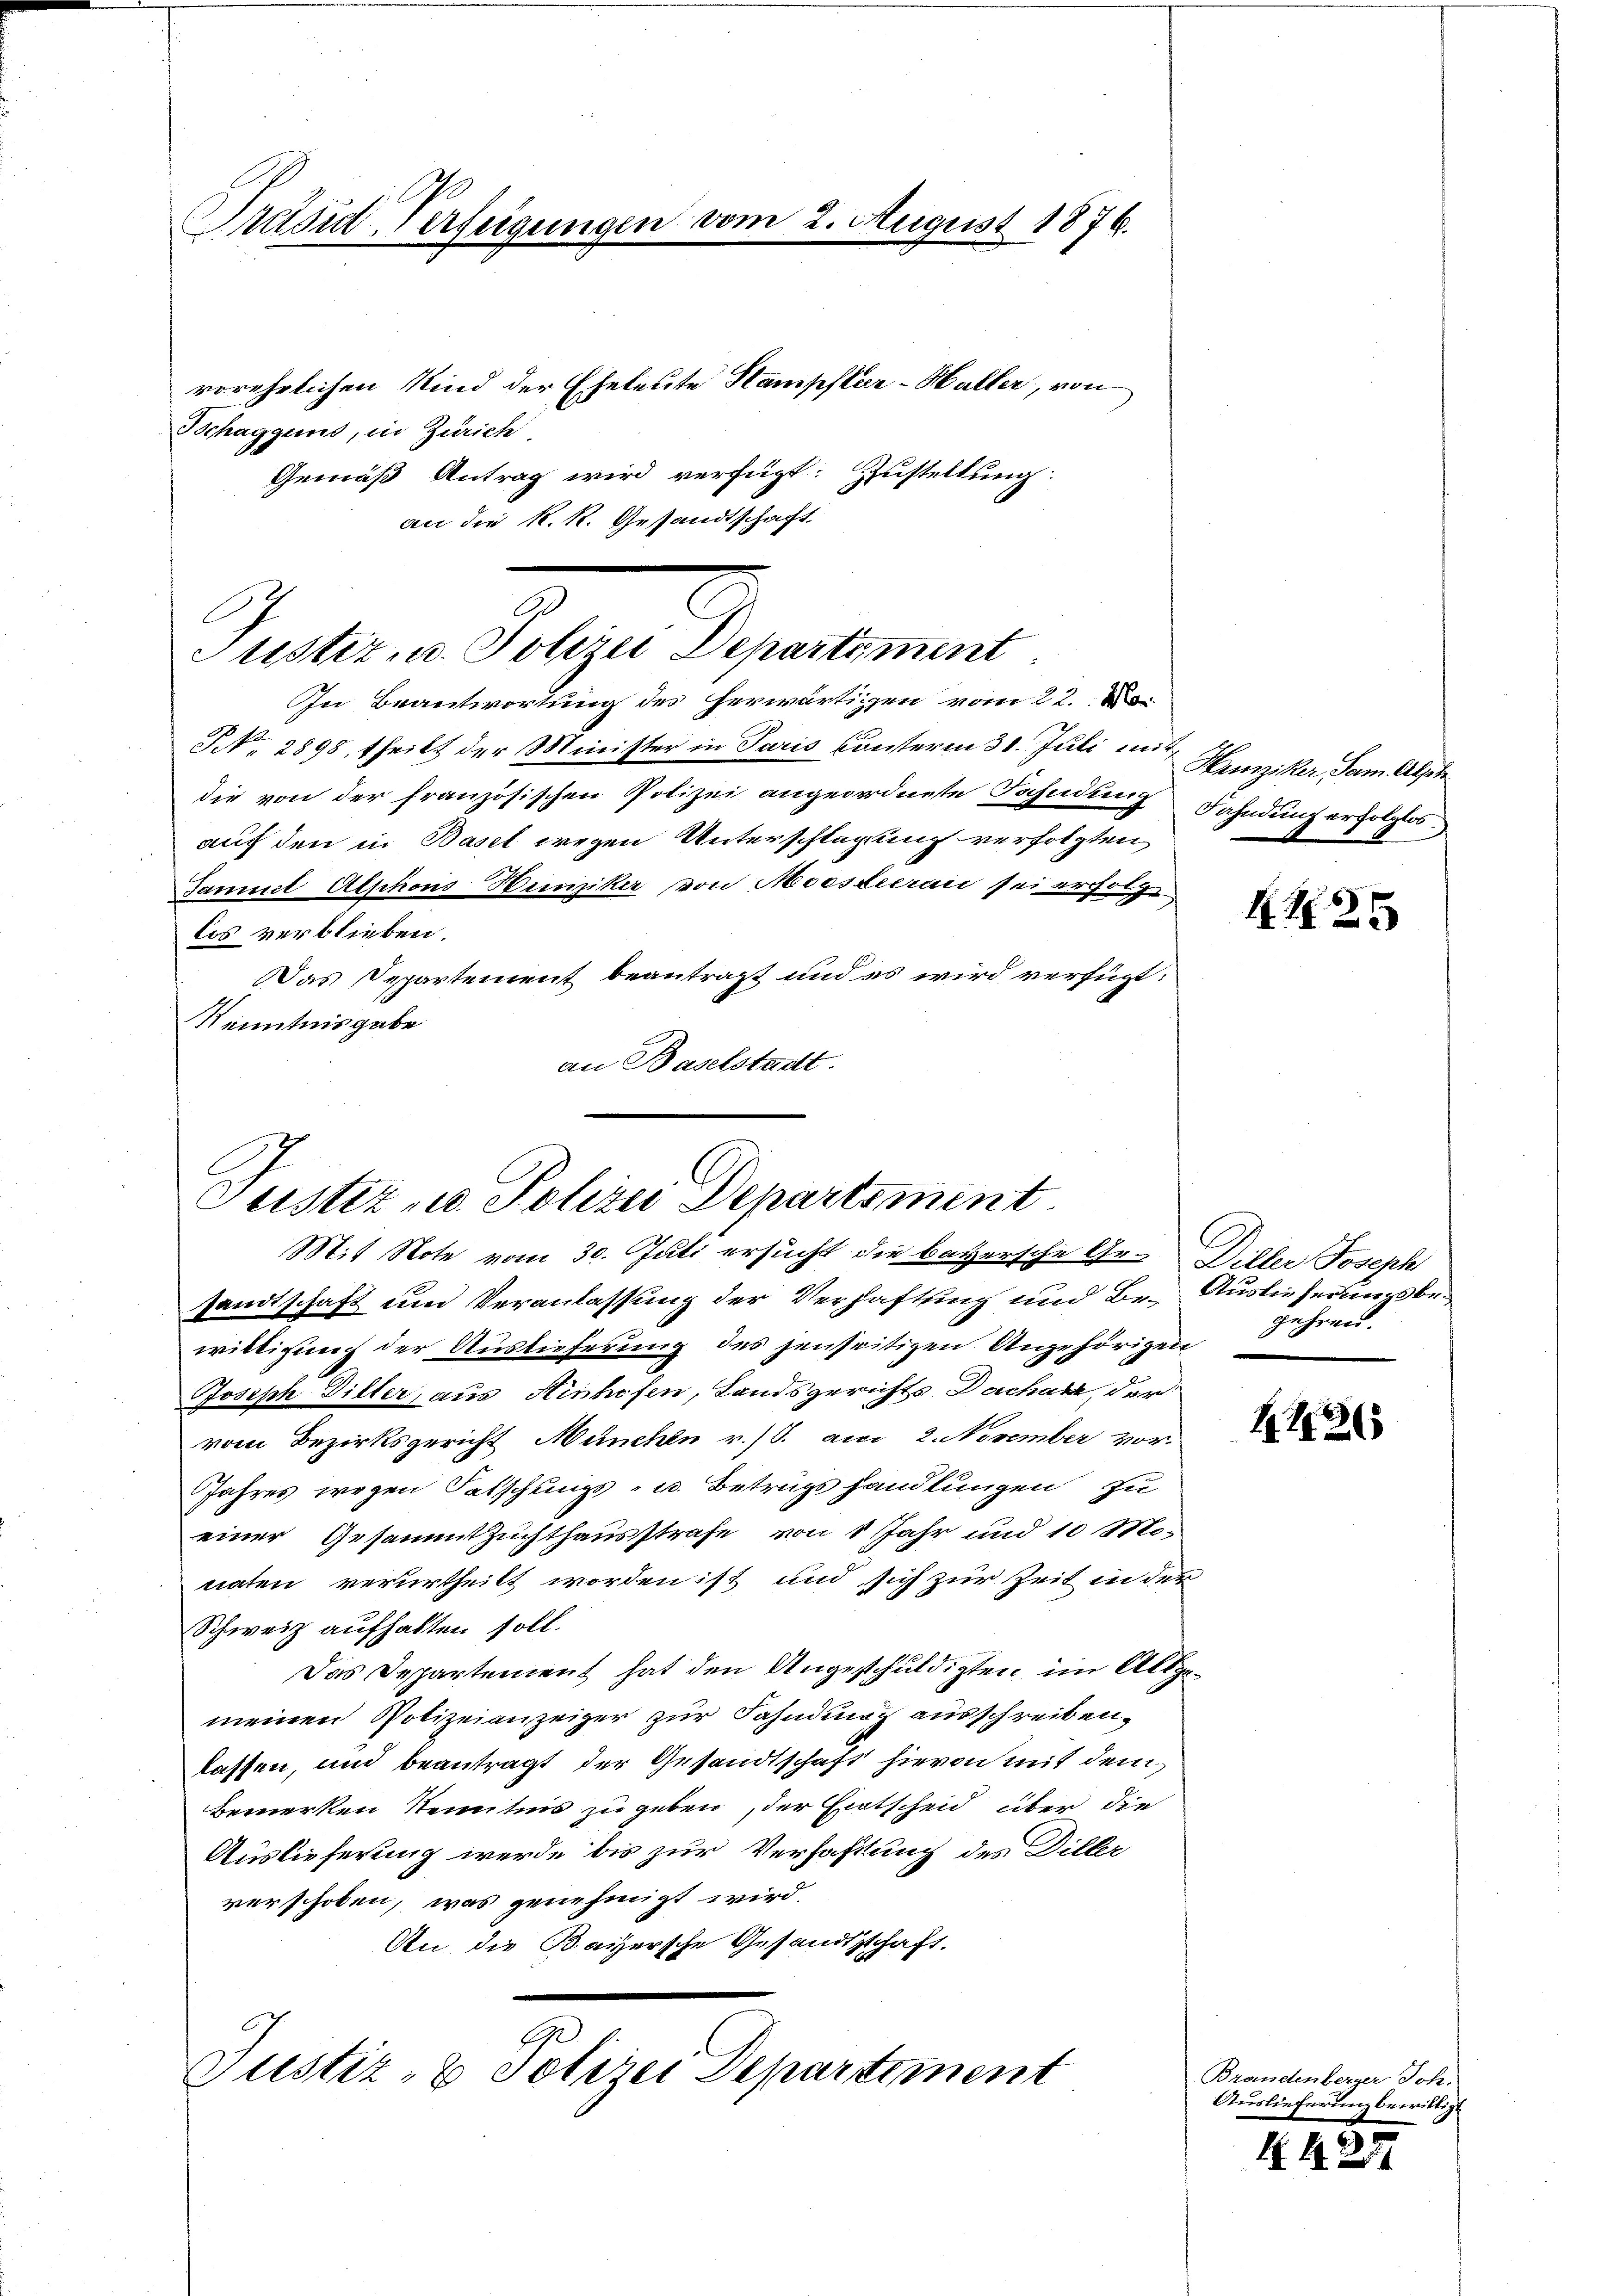
Präsid-Verfügungen vom 2. August 1876.

Tchaggund, in Zürich
G

Justiz u. Polizei Departiment
In Beantwortung des herwärtigen vom 22. A

vorehelichen Kind der Eheleute Stampflur-Haller, von
Gemäß Antrag wird verfügt: Zustellung
an die k.k. Gesandtschaft.

J NNo. 2898, theilt der Minister in Paris unterm 31. Juli mitdie von der französischen Polizei angeordnete Fahndung
auf den in Basel wegen Unterschlagung verfolgten
Samuel Alphons Henziker von Moessieran sei ersu
los verblieben.
Das Departement beantragt und es wird verfügt:
Kenntnisgabe
an Baselstadt.

Justiz- u. Polizei Departement
Mit Note vom 30. Juli ersucht die bayersche Ge- Diller Joseph

sandtschaft und Veranlassung der Verhaftung und Br. Auslieferungsbewilligung der Auslieferung des jenseitigen Angehörigen
Joseph Ditter, aus Hinhofen, Landsgerichts Dachart, der
vom Bezirksgericht München v. J. am 2. November vor.
Jahres wegen Patschungs- u. Betrugs handlungen zu
einer Gesammtzuchthausstrafe von 8 Jahr und 10 Monaten verurtheilt worden ist und sich zur Zeit in der
Schweiz aufhalten soll.
Das Departement hat den Angeschuldigten im Altmeinen Polizeianzeiger zur Fahndung ausschreiben,
lassen, und beantragt der Gesandtschaft hievon mit dem
Bemerken Kenntnis zu geben, der Entscheid über die
Auslieferung werde bis zur Verfassung des Diller
verschoben, was genehmigt wird.
An die Bayersche Gesandtschaft.

Ge
Justiz- & Schrei Departiment

Heinziker, Sam. Abst
Fahndung erfolglos.

1125

gehren.

1186

Branetenberger Joh.
Auslieferung bewillig

N. 425.